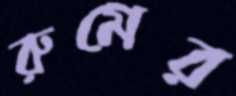
রুমের